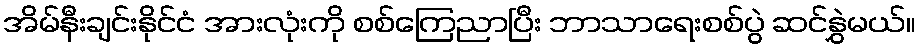
အိမ်နီးချင်းနိုင်ငံ အားလုံးကို စစ်ကြေညာပြီး ဘာသာရေးစစ်ပွဲ ဆင်နွှဲမယ်။